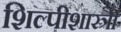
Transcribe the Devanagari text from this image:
शिल्पीशास्त्री